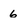
Character: 6